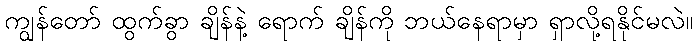
ကျွန်တော် ထွက်ခွာ ချိန်နဲ့ ရောက် ချိန်ကို ဘယ်နေရာမှာ ရှာလို့ရနိုင်မလဲ။